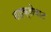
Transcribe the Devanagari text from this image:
माइक्रोवाट